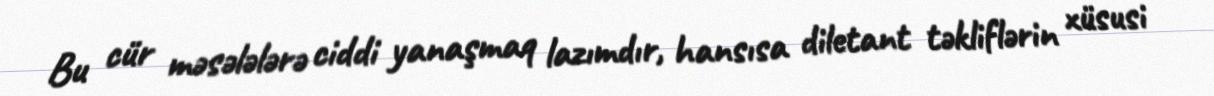
Bu cür məsələlərə ciddi yanaşmaq lazımdır, hansısa diletant təkliflərin xüsusi